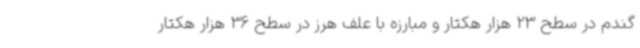
گندم در سطح 23 هزار هکتار و مبارزه با علف هرز در سطح 36 هزار هکتار